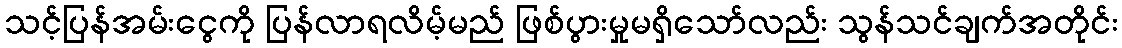
သင့်ပြန်အမ်းငွေကို ပြန်လာရလိမ့်မည် ဖြစ်ပွားမှုမရှိသော်လည်း သွန်သင်ချက်အတိုင်း